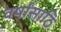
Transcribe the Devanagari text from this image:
वर्षांसाठि